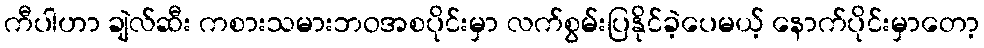
ကီပါဟာ ချဲလ်ဆီး ကစားသမားဘဝအစပိုင်းမှာ လက်စွမ်းပြနိုင်ခဲ့ပေမယ့် နောက်ပိုင်းမှာတော့